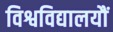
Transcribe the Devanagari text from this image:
विश्वविद्यालयौं